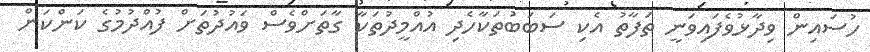
ހުސައިން ވިދާޅުވެފައިވަނީ ތަފާތު އެކި ސަބަބުތަކާހެދި އުއްމީދުތަކާ ގާތަށްވެސް ވައުދުތަށް ފުއްދުމުގެ ކަންކަން